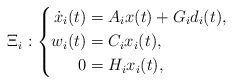
\begin{align*}\Xi_i:\left\lbrace\begin{aligned}\dot x_i(t) &= A_ix(t) + G_id_i(t),\\w_i(t) &= C_ix_i(t),\\0 &= H_ix_i(t),\end{aligned}\right.\end{align*}